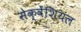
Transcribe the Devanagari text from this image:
सेक्वेंशियल